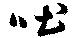
吐